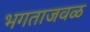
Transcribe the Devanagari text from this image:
भगताजवळ